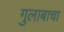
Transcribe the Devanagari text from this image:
गुलाबाचा